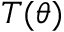
T ( \theta )